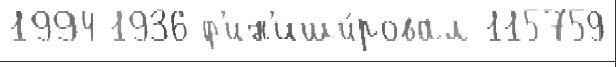
1994 1936 ф'ин'иши́ровал 115759